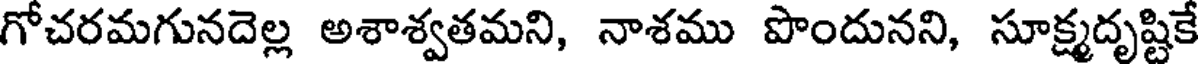
గోచరమగునదెల్ల అశాశ్వతమని, నాశము పొందునని, సూక్ష్మదృష్టికే